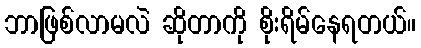
ဘာဖြစ်လာမလဲ ဆိုတာကို စိုးရိမ်နေရတယ်။